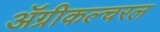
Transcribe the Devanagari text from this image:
ॲग्रीकल्चरल